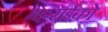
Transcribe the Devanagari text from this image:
भट्टराईको